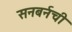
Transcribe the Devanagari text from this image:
सनबर्नची